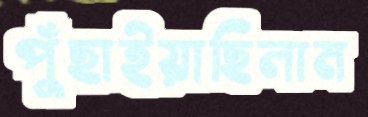
পুঁছাইয়াছিলাম